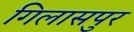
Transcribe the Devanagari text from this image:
गिलासपुर